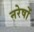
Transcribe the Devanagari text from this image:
नरेषों